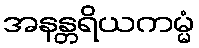
အနန္တရိယကမ္မံ